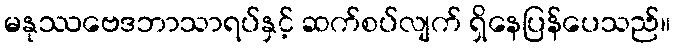
မနုဿဗေဒဘာသာရပ်နှင့် ဆက်စပ်လျက် ရှိနေပြန်ပေသည်။